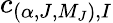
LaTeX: c_{(\alpha,J,M_{J}),I}